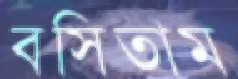
বসিতাম